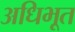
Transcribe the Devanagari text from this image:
अधिभूत